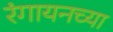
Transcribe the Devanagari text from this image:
रंगायनच्या